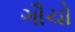
ગૌચો